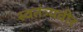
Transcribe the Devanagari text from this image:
स्वतंत्र्यवीर